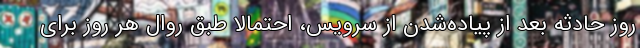
روز حادثه بعد از پیاده‌شدن از سرویس، احتمالا طبق روال هر روز برای